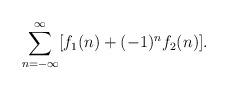
LaTeX: \begin{align*}\sum_{n=-\infty}^\infty [f_1(n) + (-1)^n f_2(n)].\end{align*}